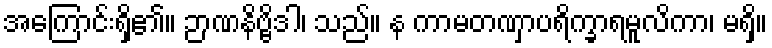
အကြောင်းရှိ၏။ ဉာဏနိဗ္ဗိဒါ၊ သည်။ န ကာမတဏှာပရိက္ခာရမူလိကာ၊ မရှိ။